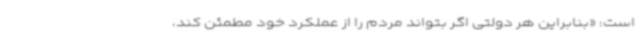
است: «بنابراین هر دولتی اگر بتواند مردم را از عملکرد خود مطمئن کند،